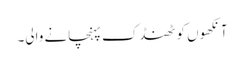
آنکھوں کو ٹھنڈک پہنچانے والی۔